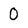
Character: 0